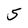
Character: 5